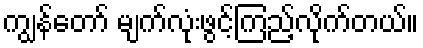
ကျွန်တော် မျက်လုံးဖွင့်ကြည့်လိုက်တယ်။